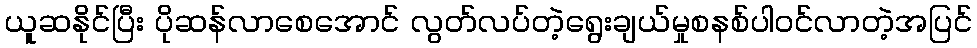
ယူဆနိုင်ပြီး ပိုဆန်လာစေအောင် လွတ်လပ်တဲ့ရွေးချယ်မှုစနစ်ပါဝင်လာတဲ့အပြင်